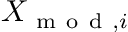
X _ { \mathrm { ~ m ~ o ~ d ~ } , i }